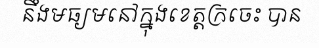
នឹងមធ្យមនៅក្នុងខេត្តក្រចេះ បាន